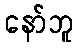
နော်ဘူ